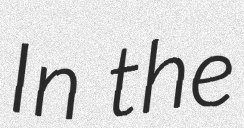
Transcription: In the